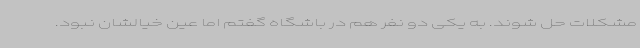
مشکلات حل شوند. به یکی دو نفر هم در باشگاه گفتم اما عین خیالشان نبود.